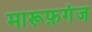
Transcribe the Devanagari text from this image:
मारूफ़गंज